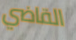
القاضي